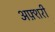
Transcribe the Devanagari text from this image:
अफ़्शरी